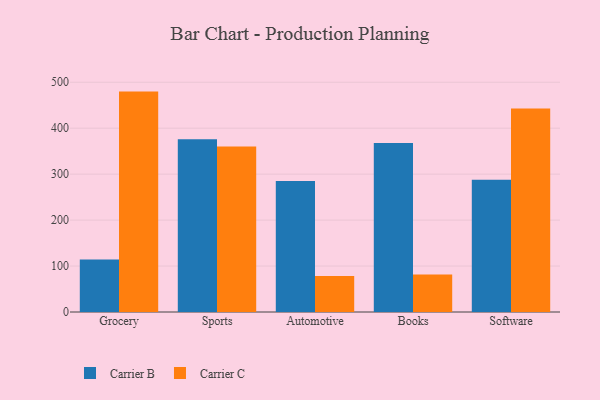
{"axis": {"x": "Category", "y": "Production Output"}, "legend": ["Carrier B", "Carrier C"], "data": [{"x": "Grocery", "y": 114.3, "type": "Carrier B"}, {"x": "Grocery", "y": 479.6, "type": "Carrier C"}, {"x": "Sports", "y": 375.9, "type": "Carrier B"}, {"x": "Sports", "y": 360.4, "type": "Carrier C"}, {"x": "Automotive", "y": 285.3, "type": "Carrier B"}, {"x": "Automotive", "y": 78.5, "type": "Carrier C"}, {"x": "Books", "y": 367.6, "type": "Carrier B"}, {"x": "Books", "y": 81.8, "type": "Carrier C"}, {"x": "Software", "y": 287.7, "type": "Carrier B"}, {"x": "Software", "y": 442.7, "type": "Carrier C"}]}